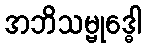
အဘိသမ္ဗုဒ္ဓေါ